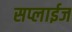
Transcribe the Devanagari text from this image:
सप्लाईज